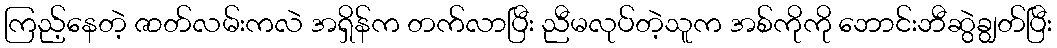
ကြည့်နေတဲ့ ဇာတ်လမ်းကလဲ အရှိန်က တက်လာပြီး ညီမလုပ်တဲ့သူက အစ်ကိုကို ဘောင်းဘီဆွဲချွတ်ပြီး